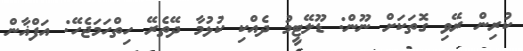
ކުރިން ރޭވި ގޮތަކަށް ނޫން: ޑޫލޭޓީމު ދެއްކި ކުޅުމާ ދޭތެރޭ ހިތްހަމަޖެހޭ: އަފްޣާން